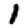
Digit: 1